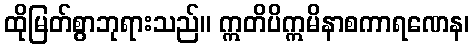
ထိုမြတ်စွာဘုရားသည်။ ဣတိပိဣမိနာစကာရဏေန၊